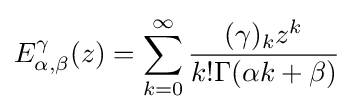
E_{\alpha ,\beta }^{\gamma }(z)=\sum _{k=0}^{\infty }{\frac {(\gamma )_{k}z^{k}}{k!\Gamma (\alpha k+\beta )}}